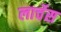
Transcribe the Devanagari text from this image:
लार्चेस